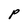
Character: P